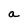
Character: a